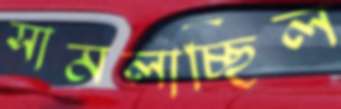
সামলাচ্ছিল